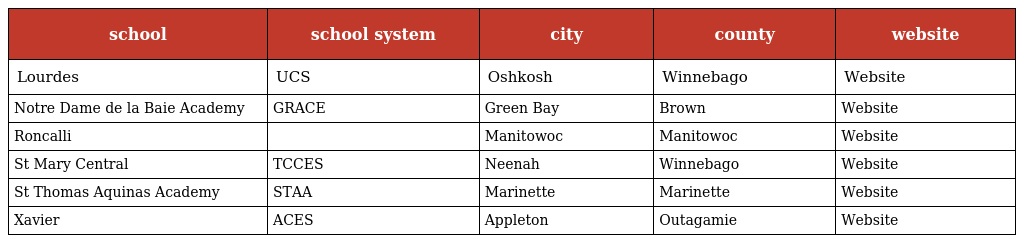
| school | school system | city | county | website |
 | --- | --- | --- | --- | --- |
 | Lourdes | UCS | Oshkosh | Winnebago | Website |
 | Notre Dame de la Baie Academy | GRACE | Green Bay | Brown | Website |
 | Roncalli |  | Manitowoc | Manitowoc | Website |
 | St Mary Central | TCCES | Neenah | Winnebago | Website |
 | St Thomas Aquinas Academy | STAA | Marinette | Marinette | Website |
 | Xavier | ACES | Appleton | Outagamie | Website |